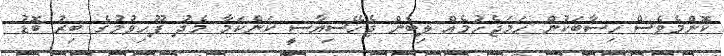
ކޮންމެވެސް ހިސާބަކުން ހަމަޖެހުމެއް ލިބެން ޖެހޭސިޔާސީ ކަންކަމާ މެދު ފޫހިވުމުގެ ބިރު ބޮޑު